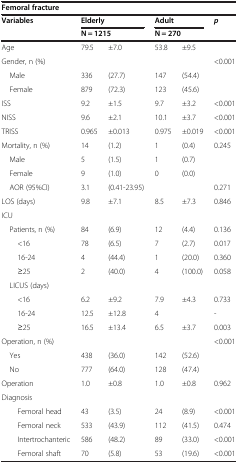
<table><thead><tr><td colspan="6"><b>Femoral fracture</b></td></tr><tr><td rowspan="2"><b>Variables</b></td><td colspan="2"><b>Elderly</b></td><td colspan="2"><b>Adult</b></td><td rowspan="2"><b><i>p</i></b></td></tr><tr><td colspan="2"><b>N = 1215</b></td><td colspan="2"><b>N = 270</b></td></tr></thead><tbody><tr><td>Age</td><td>79.5</td><td>±7.0</td><td>53.8</td><td>±9.5</td><td></td></tr><tr><td>Gender, n (%)</td><td></td><td></td><td></td><td></td><td>&lt;0.001</td></tr><tr><td> Male</td><td>336</td><td>(27.7)</td><td>147</td><td>(54.4)</td><td></td></tr><tr><td> Female</td><td>879</td><td>(72.3)</td><td>123</td><td>(45.6)</td><td></td></tr><tr><td>ISS</td><td>9.2</td><td>±1.5</td><td>9.7</td><td>±3.2</td><td>&lt;0.001</td></tr><tr><td>NISS</td><td>9.6</td><td>±2.1</td><td>10.1</td><td>±3.7</td><td>&lt;0.001</td></tr><tr><td>TRISS</td><td>0.965</td><td>±0.013</td><td>0.975</td><td>±0.019</td><td>&lt;0.001</td></tr><tr><td>Mortality, n (%)</td><td>14</td><td>(1.2)</td><td>1</td><td>(0.4)</td><td>0.245</td></tr><tr><td> Male</td><td>5</td><td>(1.5)</td><td>1</td><td>(0.7)</td><td></td></tr><tr><td> Female</td><td>9</td><td>(1.0)</td><td>0</td><td>(0.0)</td><td></td></tr><tr><td> AOR (95%CI)</td><td>3.1</td><td>(0.41-23.95)</td><td></td><td></td><td>0.271</td></tr><tr><td>LOS (days)</td><td>9.8</td><td>±7.1</td><td>8.5</td><td>±7.3</td><td>0.846</td></tr><tr><td>ICU</td><td></td><td></td><td></td><td></td><td></td></tr><tr><td> Patients, n (%)</td><td>84</td><td>(6.9)</td><td>12</td><td>(4.4)</td><td>0.136</td></tr><tr><td>&lt;16</td><td>78</td><td>(6.5)</td><td>7</td><td>(2.7)</td><td>0.017</td></tr><tr><td>16-24</td><td>4</td><td>(44.4)</td><td>1</td><td>(20.0)</td><td>0.360</td></tr><tr><td>≥25</td><td>2</td><td>(40.0)</td><td>4</td><td>(100.0)</td><td>0.058</td></tr><tr><td> LICUS (days)</td><td></td><td></td><td></td><td></td><td></td></tr><tr><td>&lt;16</td><td>6.2</td><td>±9.2</td><td>7.9</td><td>±4.3</td><td>0.733</td></tr><tr><td>16-24</td><td>12.5</td><td>±12.8</td><td colspan="2">4</td><td>-</td></tr><tr><td>≥25</td><td>16.5</td><td>±13.4</td><td>6.5</td><td>±3.7</td><td>0.003</td></tr><tr><td>Operation, n (%)</td><td></td><td></td><td></td><td></td><td>&lt;0.001</td></tr><tr><td> Yes</td><td>438</td><td>(36.0)</td><td>142</td><td>(52.6)</td><td></td></tr><tr><td> No</td><td>777</td><td>(64.0)</td><td>128</td><td>(47.4)</td><td></td></tr><tr><td>Operation</td><td>1.0</td><td>±0.8</td><td>1.0</td><td>±0.8</td><td>0.962</td></tr><tr><td>Diagnosis</td><td></td><td></td><td></td><td></td><td></td></tr><tr><td>Femoral head</td><td>43</td><td>(3.5)</td><td>24</td><td>(8.9)</td><td>&lt;0.001</td></tr><tr><td>Femoral neck</td><td>533</td><td>(43.9)</td><td>112</td><td>(41.5)</td><td>0.474</td></tr><tr><td>Intertrochanteric</td><td>586</td><td>(48.2)</td><td>89</td><td>(33.0)</td><td>&lt;0.001</td></tr><tr><td>Femoral shaft</td><td>70</td><td>(5.8)</td><td>53</td><td>(19.6)</td><td>&lt;0.001</td></tr></tbody></table>